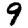
Digit: 9